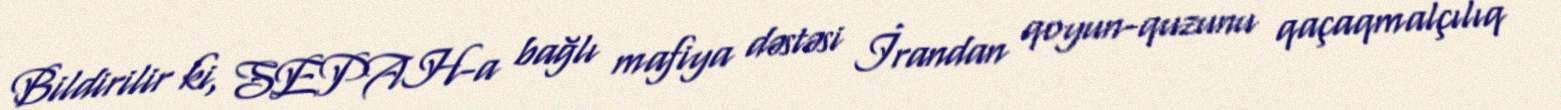
Bildirilir ki, SEPAH-a bağlı mafiya dəstəsi İrandan qoyun-quzunu qaçaqmalçılıq